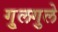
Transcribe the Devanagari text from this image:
गु्लगुले